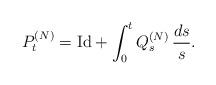
LaTeX: \begin{align*}P_t^{(N)} = \textrm{Id}+ \int_0^t Q_s^{(N)} \, \frac{ds}{s}.\end{align*}